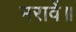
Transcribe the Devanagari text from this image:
मरावें॥